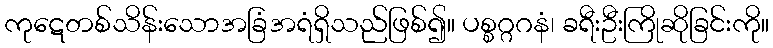
ကုဋေတစ်သိန်းသောအခြံအရံရှိသည်ဖြစ်၍။ ပစ္စဂ္ဂဂနံ၊ ခရီးဦးကြိုဆိုခြင်းကို။